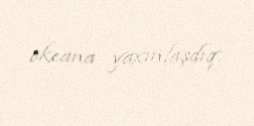
okeana yaxınlaşdıq.